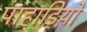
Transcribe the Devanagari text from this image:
पाहाड़ियो